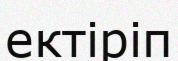
ектіріп